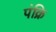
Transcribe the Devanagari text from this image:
पंक्रि